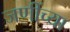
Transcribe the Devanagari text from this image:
जणींच्या